koduurija_Pavel_Tisler, lk 4
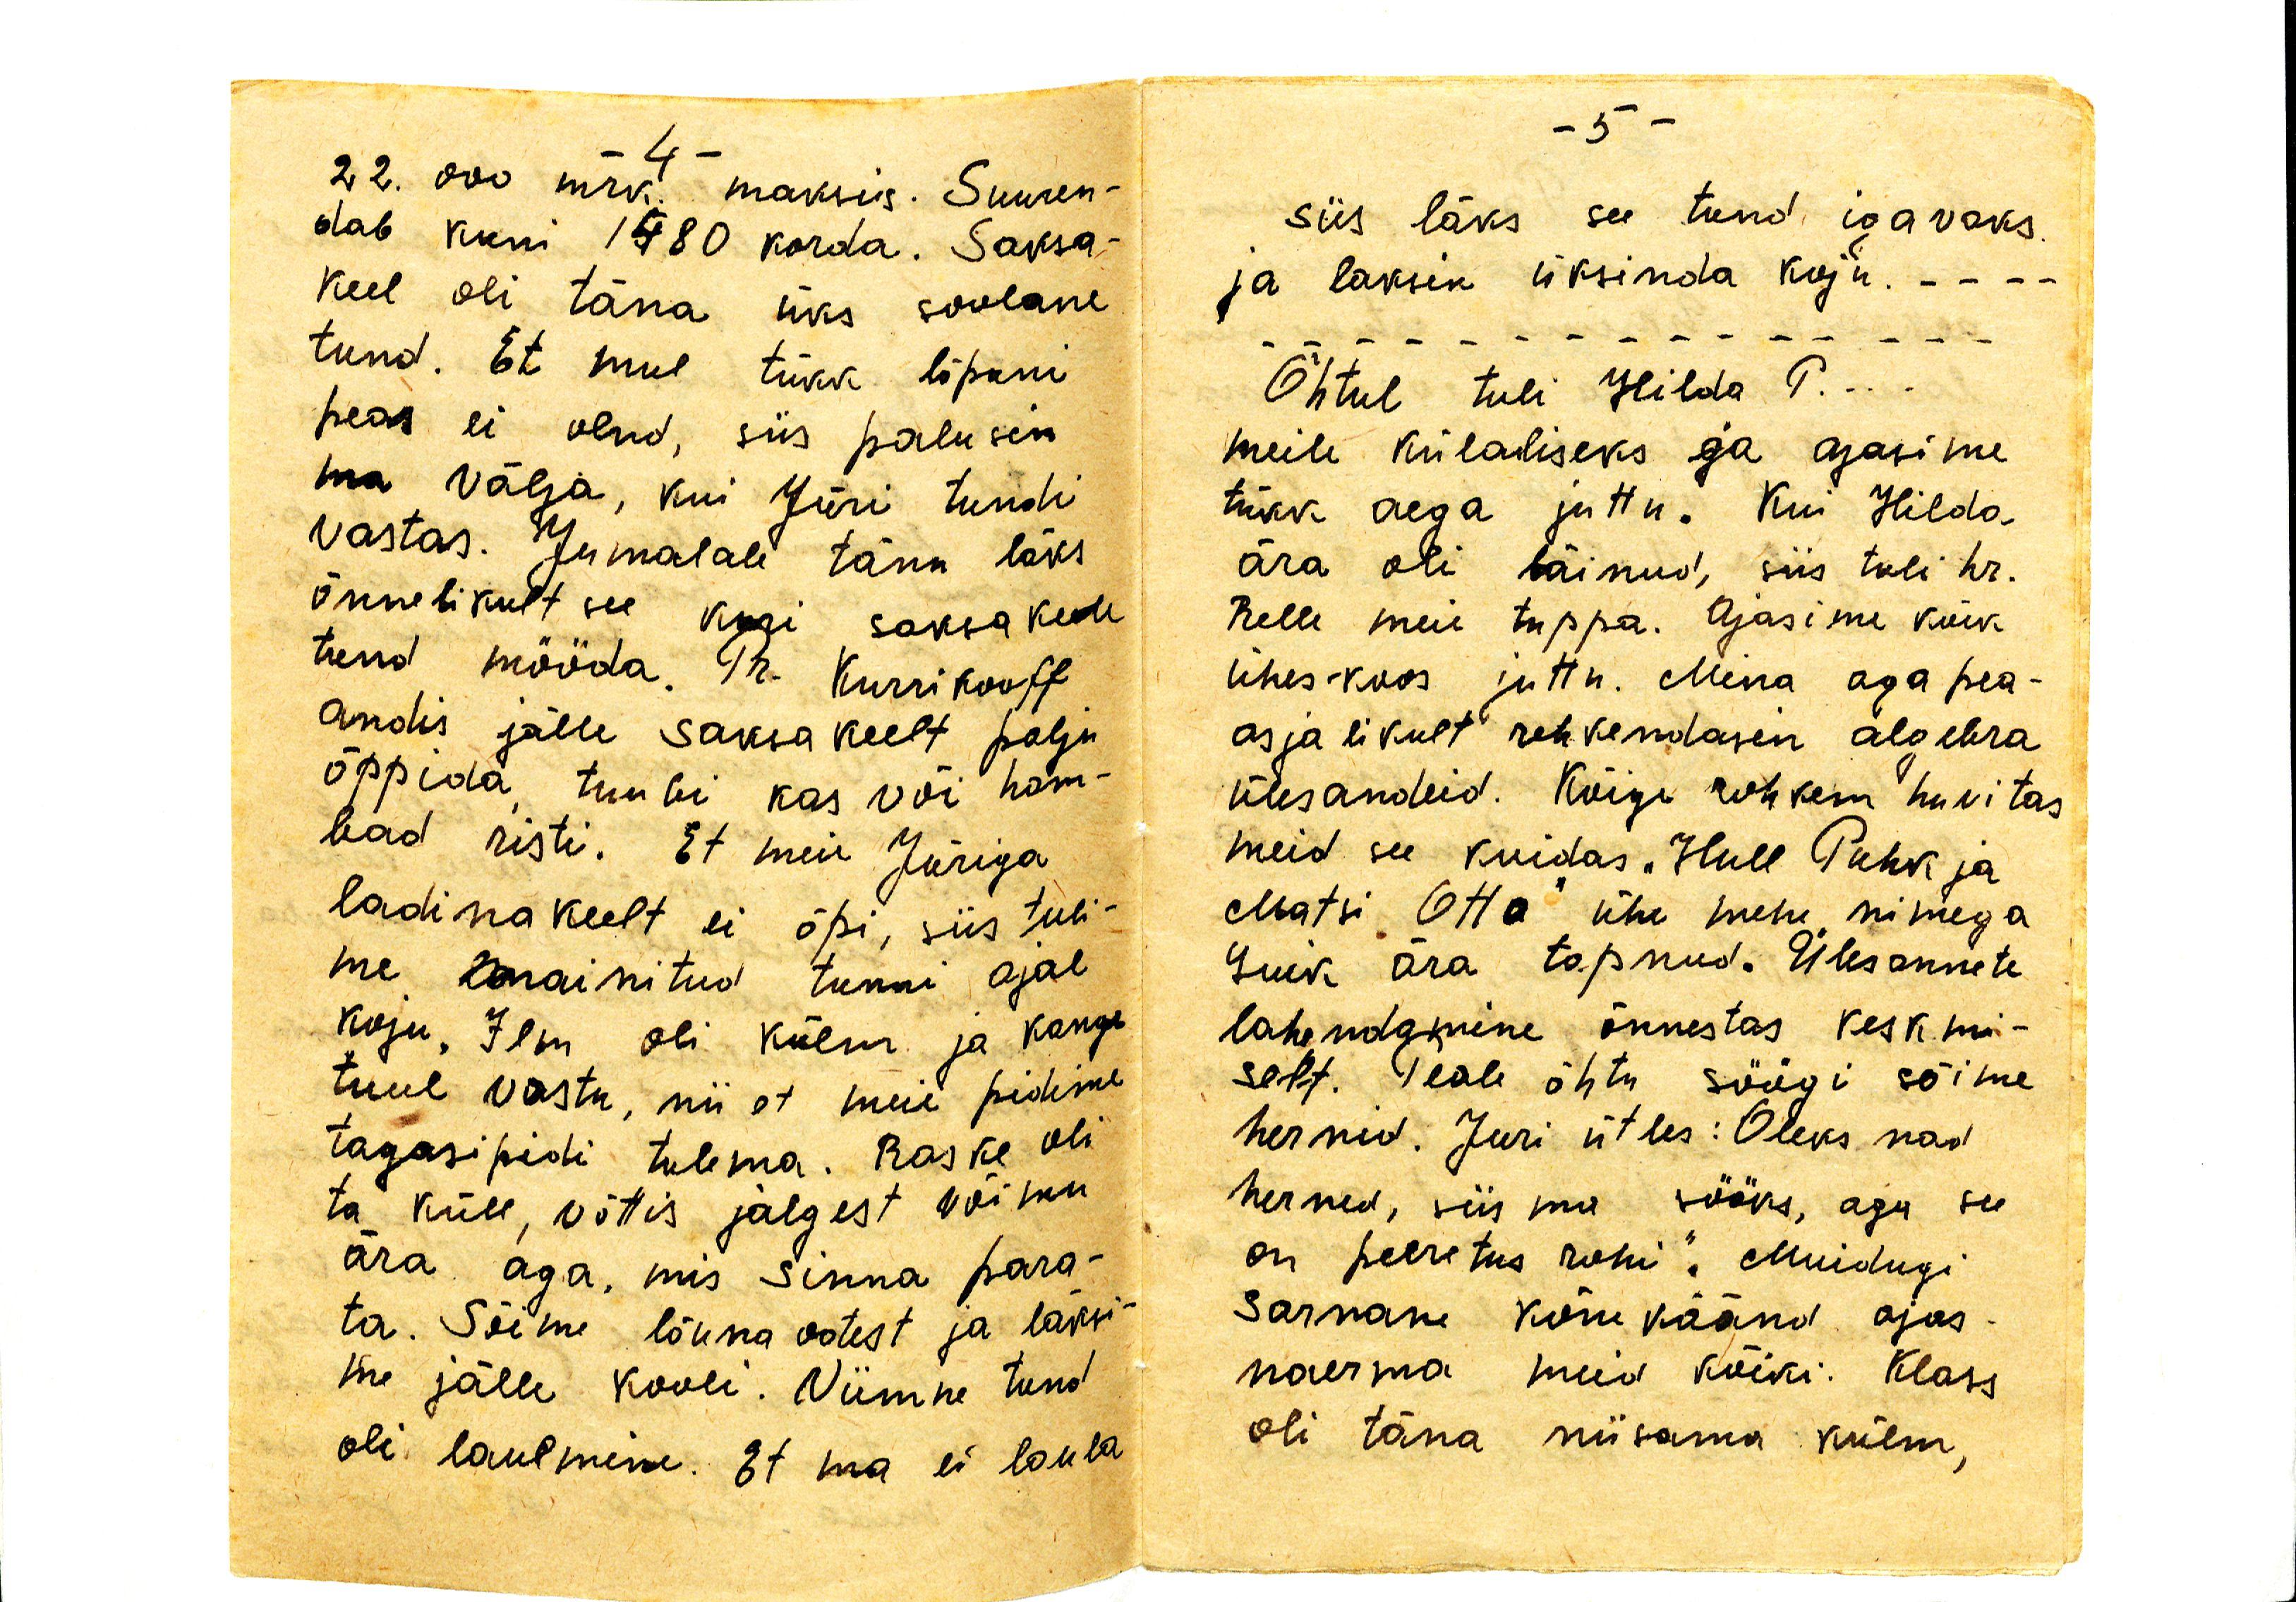
22.000 mrk. maksis. Suuren-
dab kuni 1480 korda. Saksa
keel oli täna üks soolane
tund. Et mul tükk lõpuni
peas ei olnd, siis palusin
ma välja, kui Jüri tundi
vastas. Jumalale tänu läks
õnnelikult see kuri saksa keele
tund mööda. Pr. Kurrikooff
andis jälle saksa keelt palju
õppida, tuubi kas või ham-
bad risti. Et meie Jüriga
ladina keelt ei õpi, siis tuli-
me mainitud tunni ajal
koju. Ilm oli külm ja kange
tuul vastu, nii et meie pidime
tagasipidi tulema. Raske oli
ta küll, võttis jalgest võimu
ära aga, mis sinna para-
ta. Sõime lõuna ootest ja läksi-
me jälle kooli. Viimne tund
oli laulmine. Et ma ei laula

siis läks see tund igavaks
ja läksin üksinda koju.
Õhtul tuli Hilda T.
meile külaliseks ja ajasime
tükk aega juttu. Kui Hilda
ära oli läinud, siis tuli hr.
Relle meie tuppa. Ajasime kõik
ühes koos juttu. Mina aga pea-
asjalikult rehkendasin algebra
ülesandeid. Kõigi rohkem huvitas
meid see kuidas "Hull Puhk ja
Matsi Otto" ühe mehe nimega
luik ära tapnud. Ülesannete
lahendamine õnnestus keskmi-
selt. Peale õhtu söögi sõime
hernid. Juri ütles: Oleks nad
herned, siis ma sööks, aga see
on peeretus rohi". Muidugi
sarnane kõnekäänd ajas
naerma meid kõiki. Klass
oli täna niisama külm,